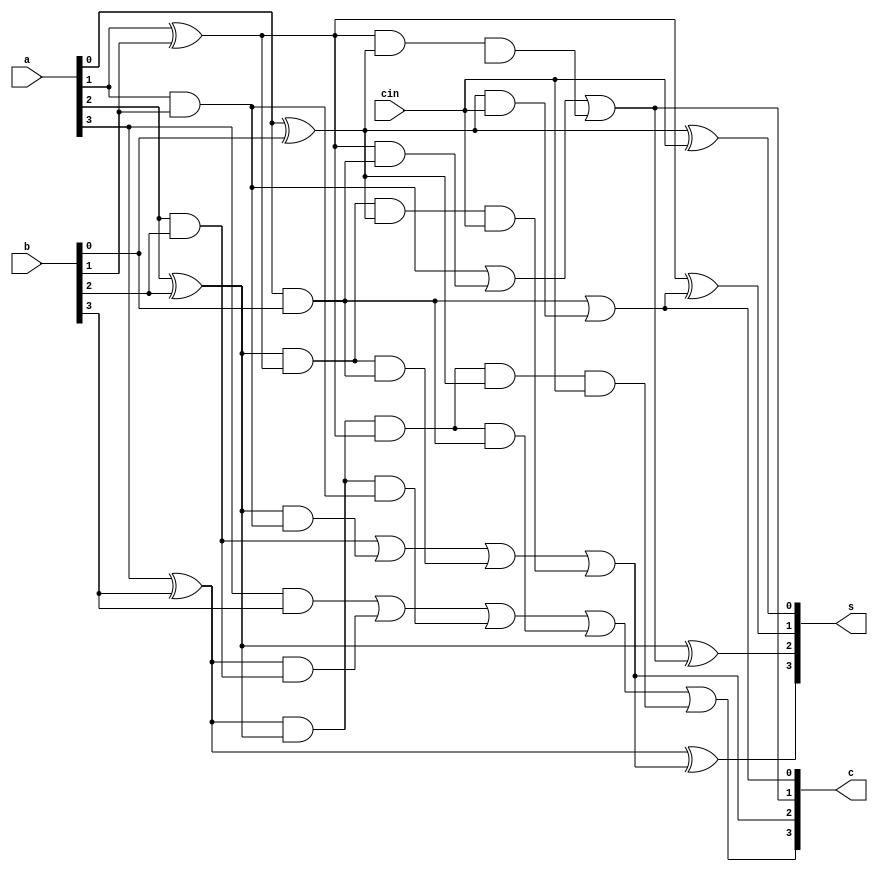
// 4-Bit Carry Lookahead Adder
module cla (a, b, cin, s, c);

	// Inputs
	input [3:0] a;
	input [3:0] b;
	input cin;

	//Outputs
	output [3:0] s;
	output [3:0] c;

	// Carry Propogate and Carry Generate Stage

	// Carry Propagates p_i = a_i XOR b_i
	wire [3:0] p;
	xor P0(p[0], a[0], b[0]);
	xor P1(p[1], a[1], b[1]);
	xor P2(p[2], a[2], b[2]);
	xor P3(p[3], a[3], b[3]);

	// Carry Generates g_i = a_i AND b_i
	wire [3:0] g;
	and G0(g[0], a[0], b[0]);
	and G1(g[1], a[1], b[1]);
	and G2(g[2], a[2], b[2]);
	and G3(g[3], a[3], b[3]);

	// Carry Lookahead Stage : c_{i+1} = g_i + p_i.c_i

	wire w0, w1, w2, w3, w4, w5, w6, w7, w8, w9;

	// c1 = g0 + p0.cin
	and AND20(w0, p[0], cin);
	or  OR20 (c[0], g[0], w0);

	// c2 = g1 + p1.g0 + p1.p0.cin
	and AND21(w1, p[1], g[0]);
	and AND30(w2, p[1], p[0], Cin);
	or  OR30 (c[1], g[1], w1, w2);

	// c3 = g2 + p2.g1 + p2.p1.g0 + p2.p1.p0.cin
	and AND22(w3, p[2], g[1]);
	and AND31(w4, p[2], p[1], g[0]);
	and AND40(w5, p[2], p[1], p[0], cin);
	or  OR40 (c[2], g[2], w3, w4, w5);

	// c4 = g3 + p3.g2 + p3.p2.g1 + p3.p2.p1.g0 + p3.p2.p1.p0.cin
	and AND23(w6, p[3], g[2]);
	and AND32(w7, p[3], p[2], g[1]);
	and AND41(w8, p[3], p[2], p[1], g[0]);
	and AND50(w9, p[3], p[2], p[1], p[0], cin);
	or  OR50 (c[3], g[3], w6, w7, w8, w9);

	// Sum Stage : s_i = p_i XOR c_i
	xor S0(s[0], p[0], cin);
	xor S1(s[1], p[1], c[0]);
	xor S2(s[2], p[2], c[1]);
	xor S3(s[3], p[3], c[2]);

endmodule